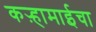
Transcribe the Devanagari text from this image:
कऱ्हामाईचा